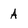
Character: A